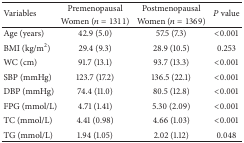
<table><thead><tr><td rowspan="2"><b>Variables</b></td><td><b>Premenopausal</b></td><td><b>Postmenopausal</b></td><td rowspan="2"><b><i>P</i> value</b></td></tr><tr><td><b>Women (<i>n</i> = 1311)</b></td><td><b>Women (<i>n</i> = 1369)</b></td></tr></thead><tbody><tr><td>Age (years)</td><td>42.9 (5.0)</td><td>57.5 (7.3)</td><td>&lt;0.001</td></tr><tr><td>BMI (kg/m2)</td><td>29.4 (9.3)</td><td>28.9 (10.5)</td><td>0.253</td></tr><tr><td>WC (cm)</td><td>91.7 (13.1)</td><td>93.7 (13.3)</td><td>&lt;0.001</td></tr><tr><td>SBP (mmHg)</td><td>123.7 (17.2)</td><td>136.5 (22.1)</td><td>&lt;0.001</td></tr><tr><td>DBP (mmHg)</td><td>74.4 (11.0)</td><td>80.5 (12.8)</td><td>&lt;0.001</td></tr><tr><td>FPG (mmol/L)</td><td>4.71 (1.41)</td><td>5.30 (2.09)</td><td>&lt;0.001</td></tr><tr><td>TC (mmol/L)</td><td>4.41 (0.98)</td><td>4.66 (1.03)</td><td>&lt;0.001</td></tr><tr><td>TG (mmol/L)</td><td>1.94 (1.05)</td><td>2.02 (1.12)</td><td>0.048</td></tr></tbody></table>